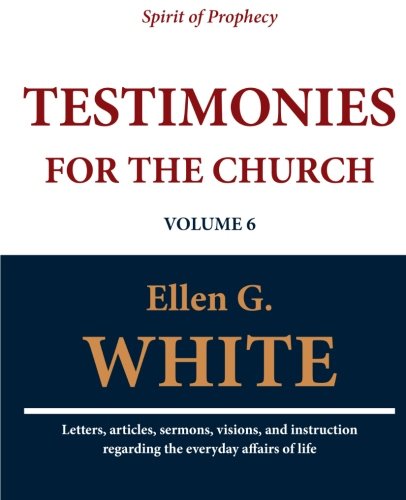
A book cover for Testimonies for the Church (Volume 6); Ellen G. White; Christian Books & Bibles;